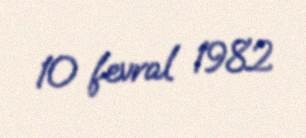
10 fevral 1982